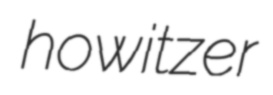
howitzer